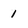
Character: 1